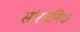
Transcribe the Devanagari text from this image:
सांरचनिक